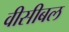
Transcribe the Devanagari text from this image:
वीसीबल